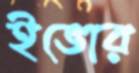
ইভোর